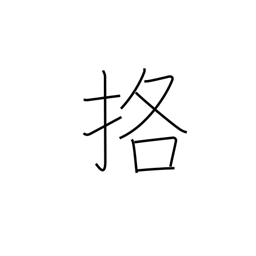
Meaning: fight